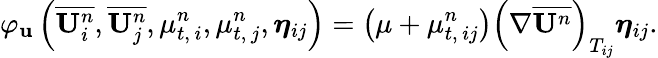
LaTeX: \varphi_{\mathbf{u}}\left(\overline{{\mathbf{U}_{i}^{n}}},\overline{{\mathbf{U}_{j}^{n}}},\mu_{t,\, i}^{n},\mu_{t,\, j}^{n},\boldsymbol{\eta}_{ij}\right)=\left(\mu+\mu_{t,\, {ij}}^{n}\right)\left(\nabla\overline{{\mathbf{U}^{n}}}\right)_{T_{ij}}\boldsymbol{\eta}_{ij}.